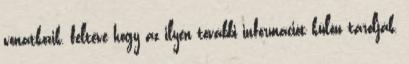
vonatkozik, feltéve hogy az ilyen további információt külön tárolják,